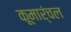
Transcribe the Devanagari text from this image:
कूमार्ंचल